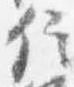
信